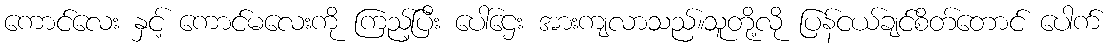
ကောင်လေး နှင့် ကောင်မလေးကို ကြည့်ပြီး ပေါ်ဌေး အားကျလာသည်။သူတို့လို ပြန်ငယ်ချင်စိတ်တောင် ပေါက်